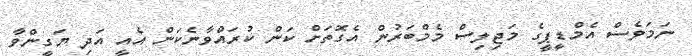
ނަމަވެސް އެމްޑީޕީގެ މަޖިލިސް މެމްބަރުން އެގޮތަށް ކަން ކުރައްވާނެކަން އެއީ އަދި ޔަގީންވާ